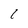
Character: 1